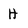
Character: H